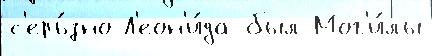
с'ерь́зно Л'еон'и́да был Мог'и́лы